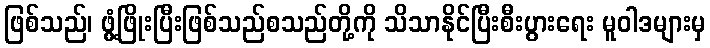
ဖြစ်သည်၊ ဖွံ့ဖြိုးပြီးဖြစ်သည်စသည်တို့ကို သိသာနိုင်ပြီးစီးပွားရေး မူဝါဒများမှ